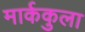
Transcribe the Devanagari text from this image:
मार्ककुला